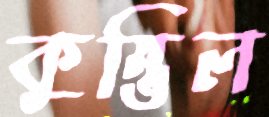
কুম্ভিল